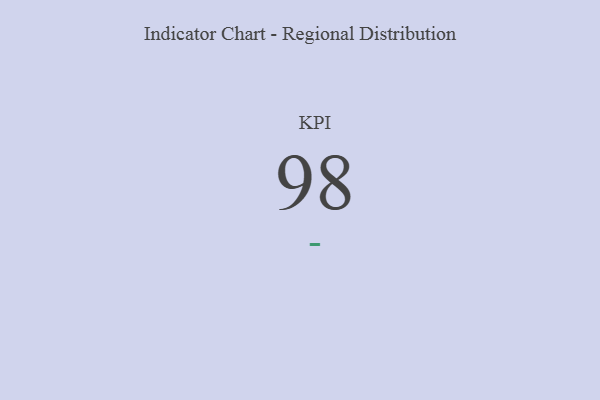
{"axis": {"x": "KPI", "y": "Value"}, "legend": [""], "data": [{"x": "KPI", "y": 98, "type": ""}]}